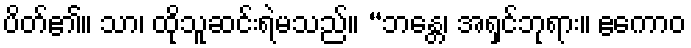
ပိတ်၏။ သာ၊ ထိုသူဆင်းရဲမသည်။ “ဘန္တေ၊ အရှင်ဘုရား။ ဧကောဝ